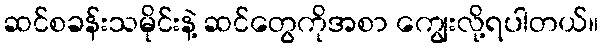
ဆင်စခန်းသမိုင်းနဲ့ ဆင်တွေကိုအစာ ကျွေးလို့ရပါတယ်။